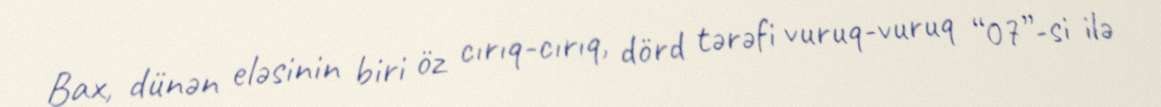
Bax, dünən eləsinin biri öz cırıq-cırıq, dörd tərəfi vuruq-vuruq “07”-si ilə